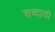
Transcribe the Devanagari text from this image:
शब्दावी